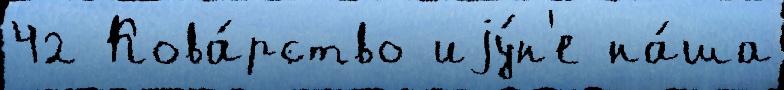
42 Кова́рство иjу́н'е на́ша